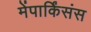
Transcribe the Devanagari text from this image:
मेंपार्किंसंस